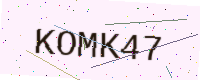
Text: KOMK47